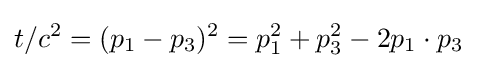
t/c^{2}=(p_{1}-p_{3})^{2}=p_{1}^{2}+p_{3}^{2}-2p_{1}\cdot p_{3}